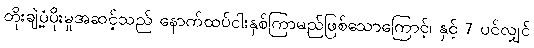
တိုးချဲ့ပံ့ပိုးမှုအဆင့်သည် နောက်ထပ်ငါးနှစ်ကြာမည်ဖြစ်သောကြောင့်၊ နှင့် 7 ပင်လျှင်